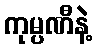
ကုမ္ပဏီနဲ့